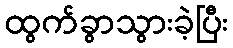
ထွက်ခွာသွားခဲ့ပြီး